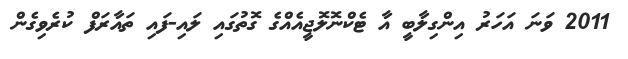
2011 ވަނަ އަހަރު އިންގިލާބީ އާ ޓެކްނޮލޮޖީއެއްގެ ގޮތުގައި ލައި-ފައި ތައާރަފް ކުރެވިގެން